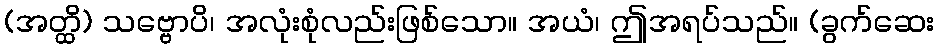
(အတ္ထိ) သဗ္ဗောပိ၊ အလုံးစုံလည်းဖြစ်သော။ အယံ၊ ဤအရပ်သည်။ (ခွက်ဆေး